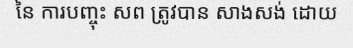
នៃ ការបញ្ចុះ សព ត្រូវបាន សាងសង់ ដោយ